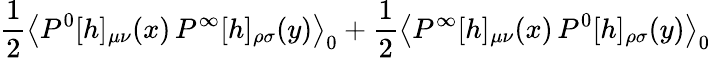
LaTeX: \frac{1}{2}\left<P^{0}[h]_{\mu\nu}(x)\, P^{\infty}[h]_{\rho\sigma}(y)\right>_{0}+\frac{1}{2}\left<P^{\infty}[h]_{\mu\nu}(x)\, P^{0}[h]_{\rho\sigma}(y)\right>_{0}